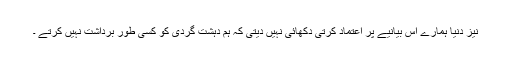
نیز دنیا ہمارے اس بیانیے پر اعتماد کرتی دکھائی نہیں دیتی کہ ہم دہشت گردی کو کسی طور برداشت نہیں کرتے ۔